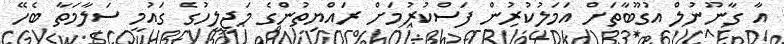
އާ ގާނޫނުލް އުގޫބާތަށް އަމަލުކުރުން ފަސްކުރުމަށް ރައްޔިތުންގެ މަޖިލީހުގެ ގައުމީ ސަލާމަތާ ބެހޭ